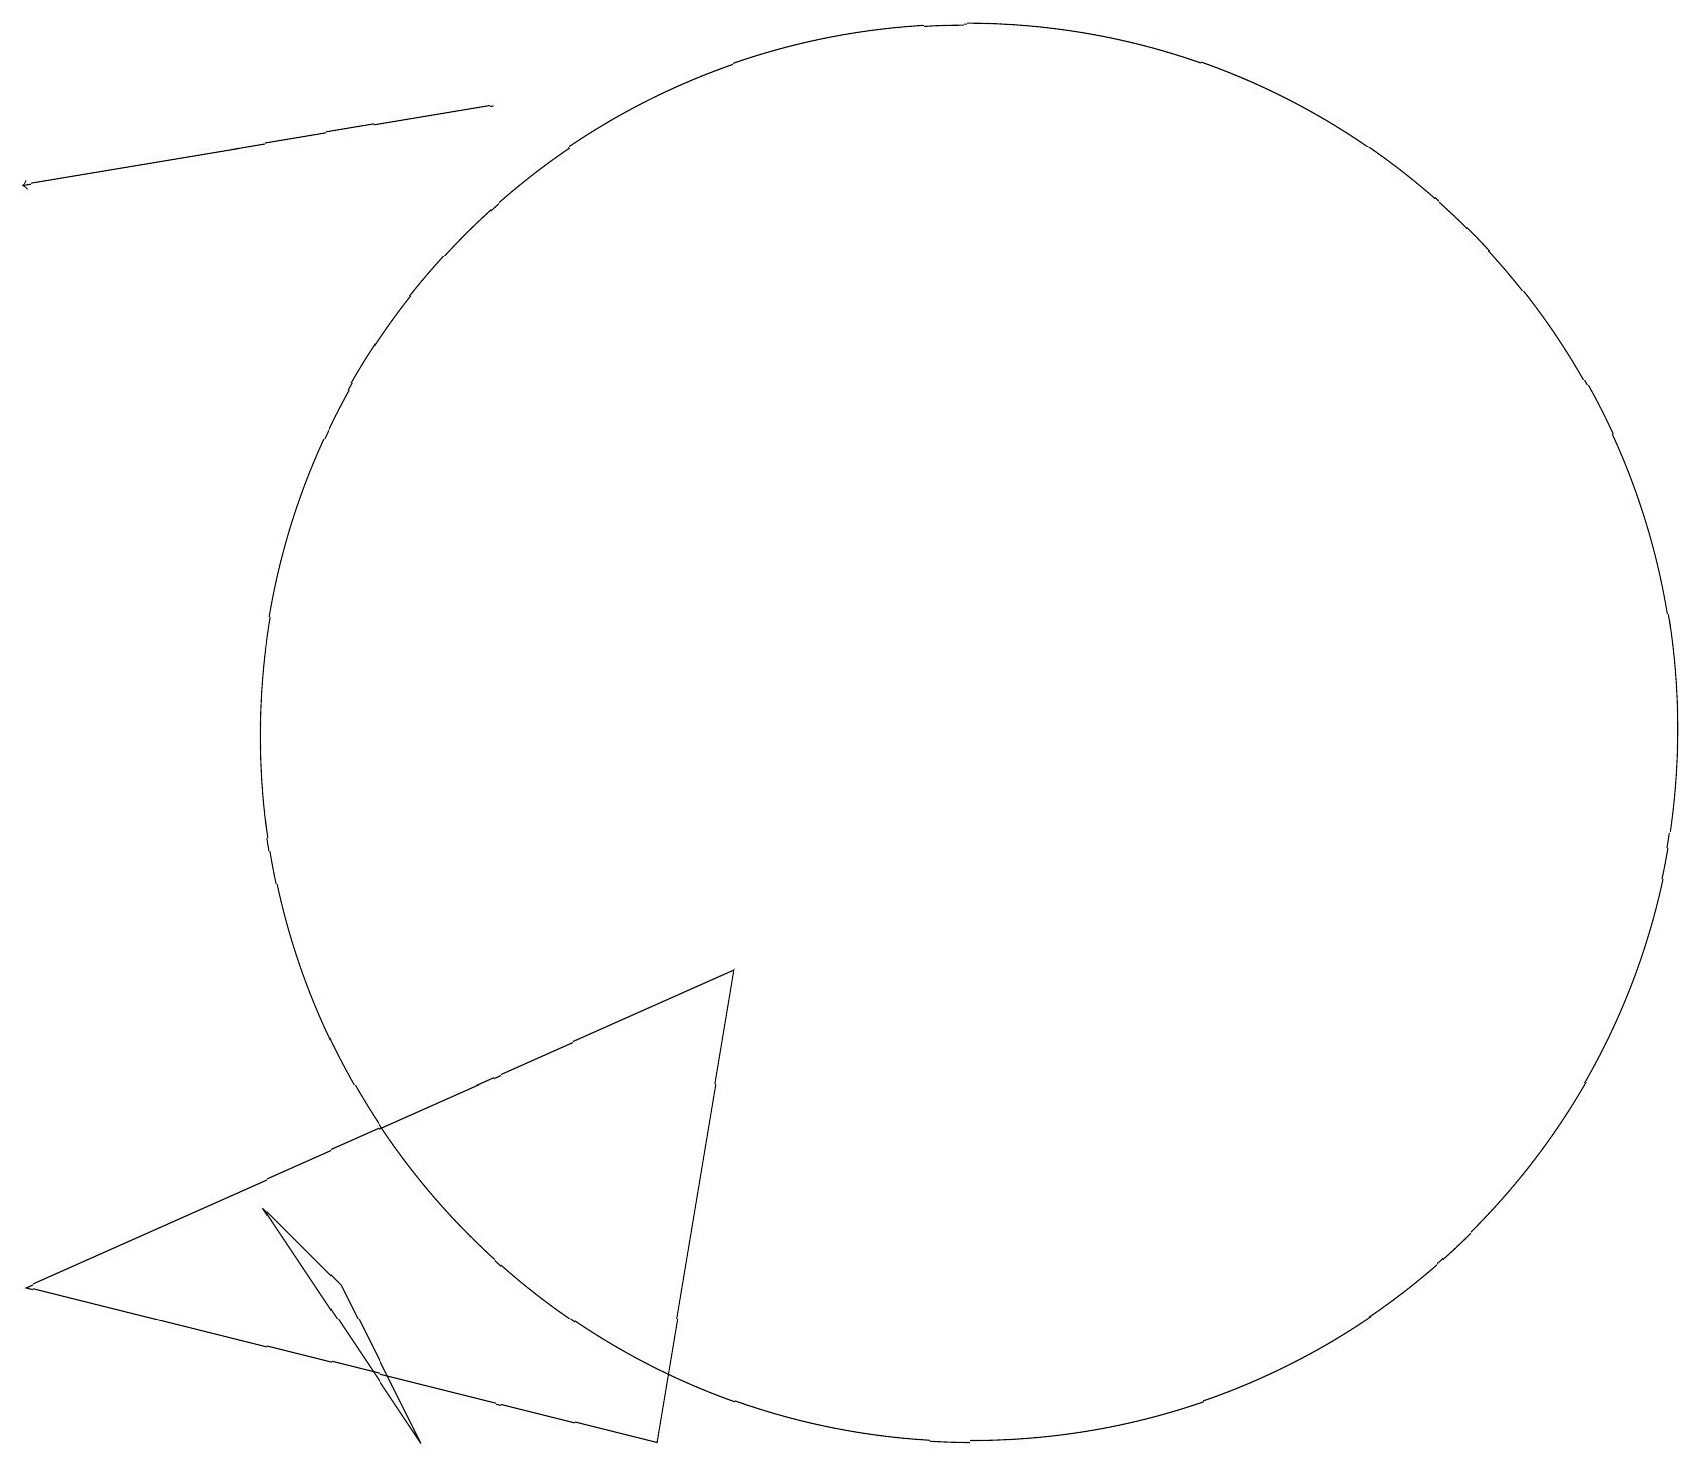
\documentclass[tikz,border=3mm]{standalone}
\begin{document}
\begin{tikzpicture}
\draw[->] (6,19) -- (0,18);
\draw (10,10) circle (0);
\draw (4,4) -- (3,5) -- (5,2) -- cycle;
\draw (9,8) -- (8,2) -- (0,4) -- cycle;
\draw (12,11) circle (9);
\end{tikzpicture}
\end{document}